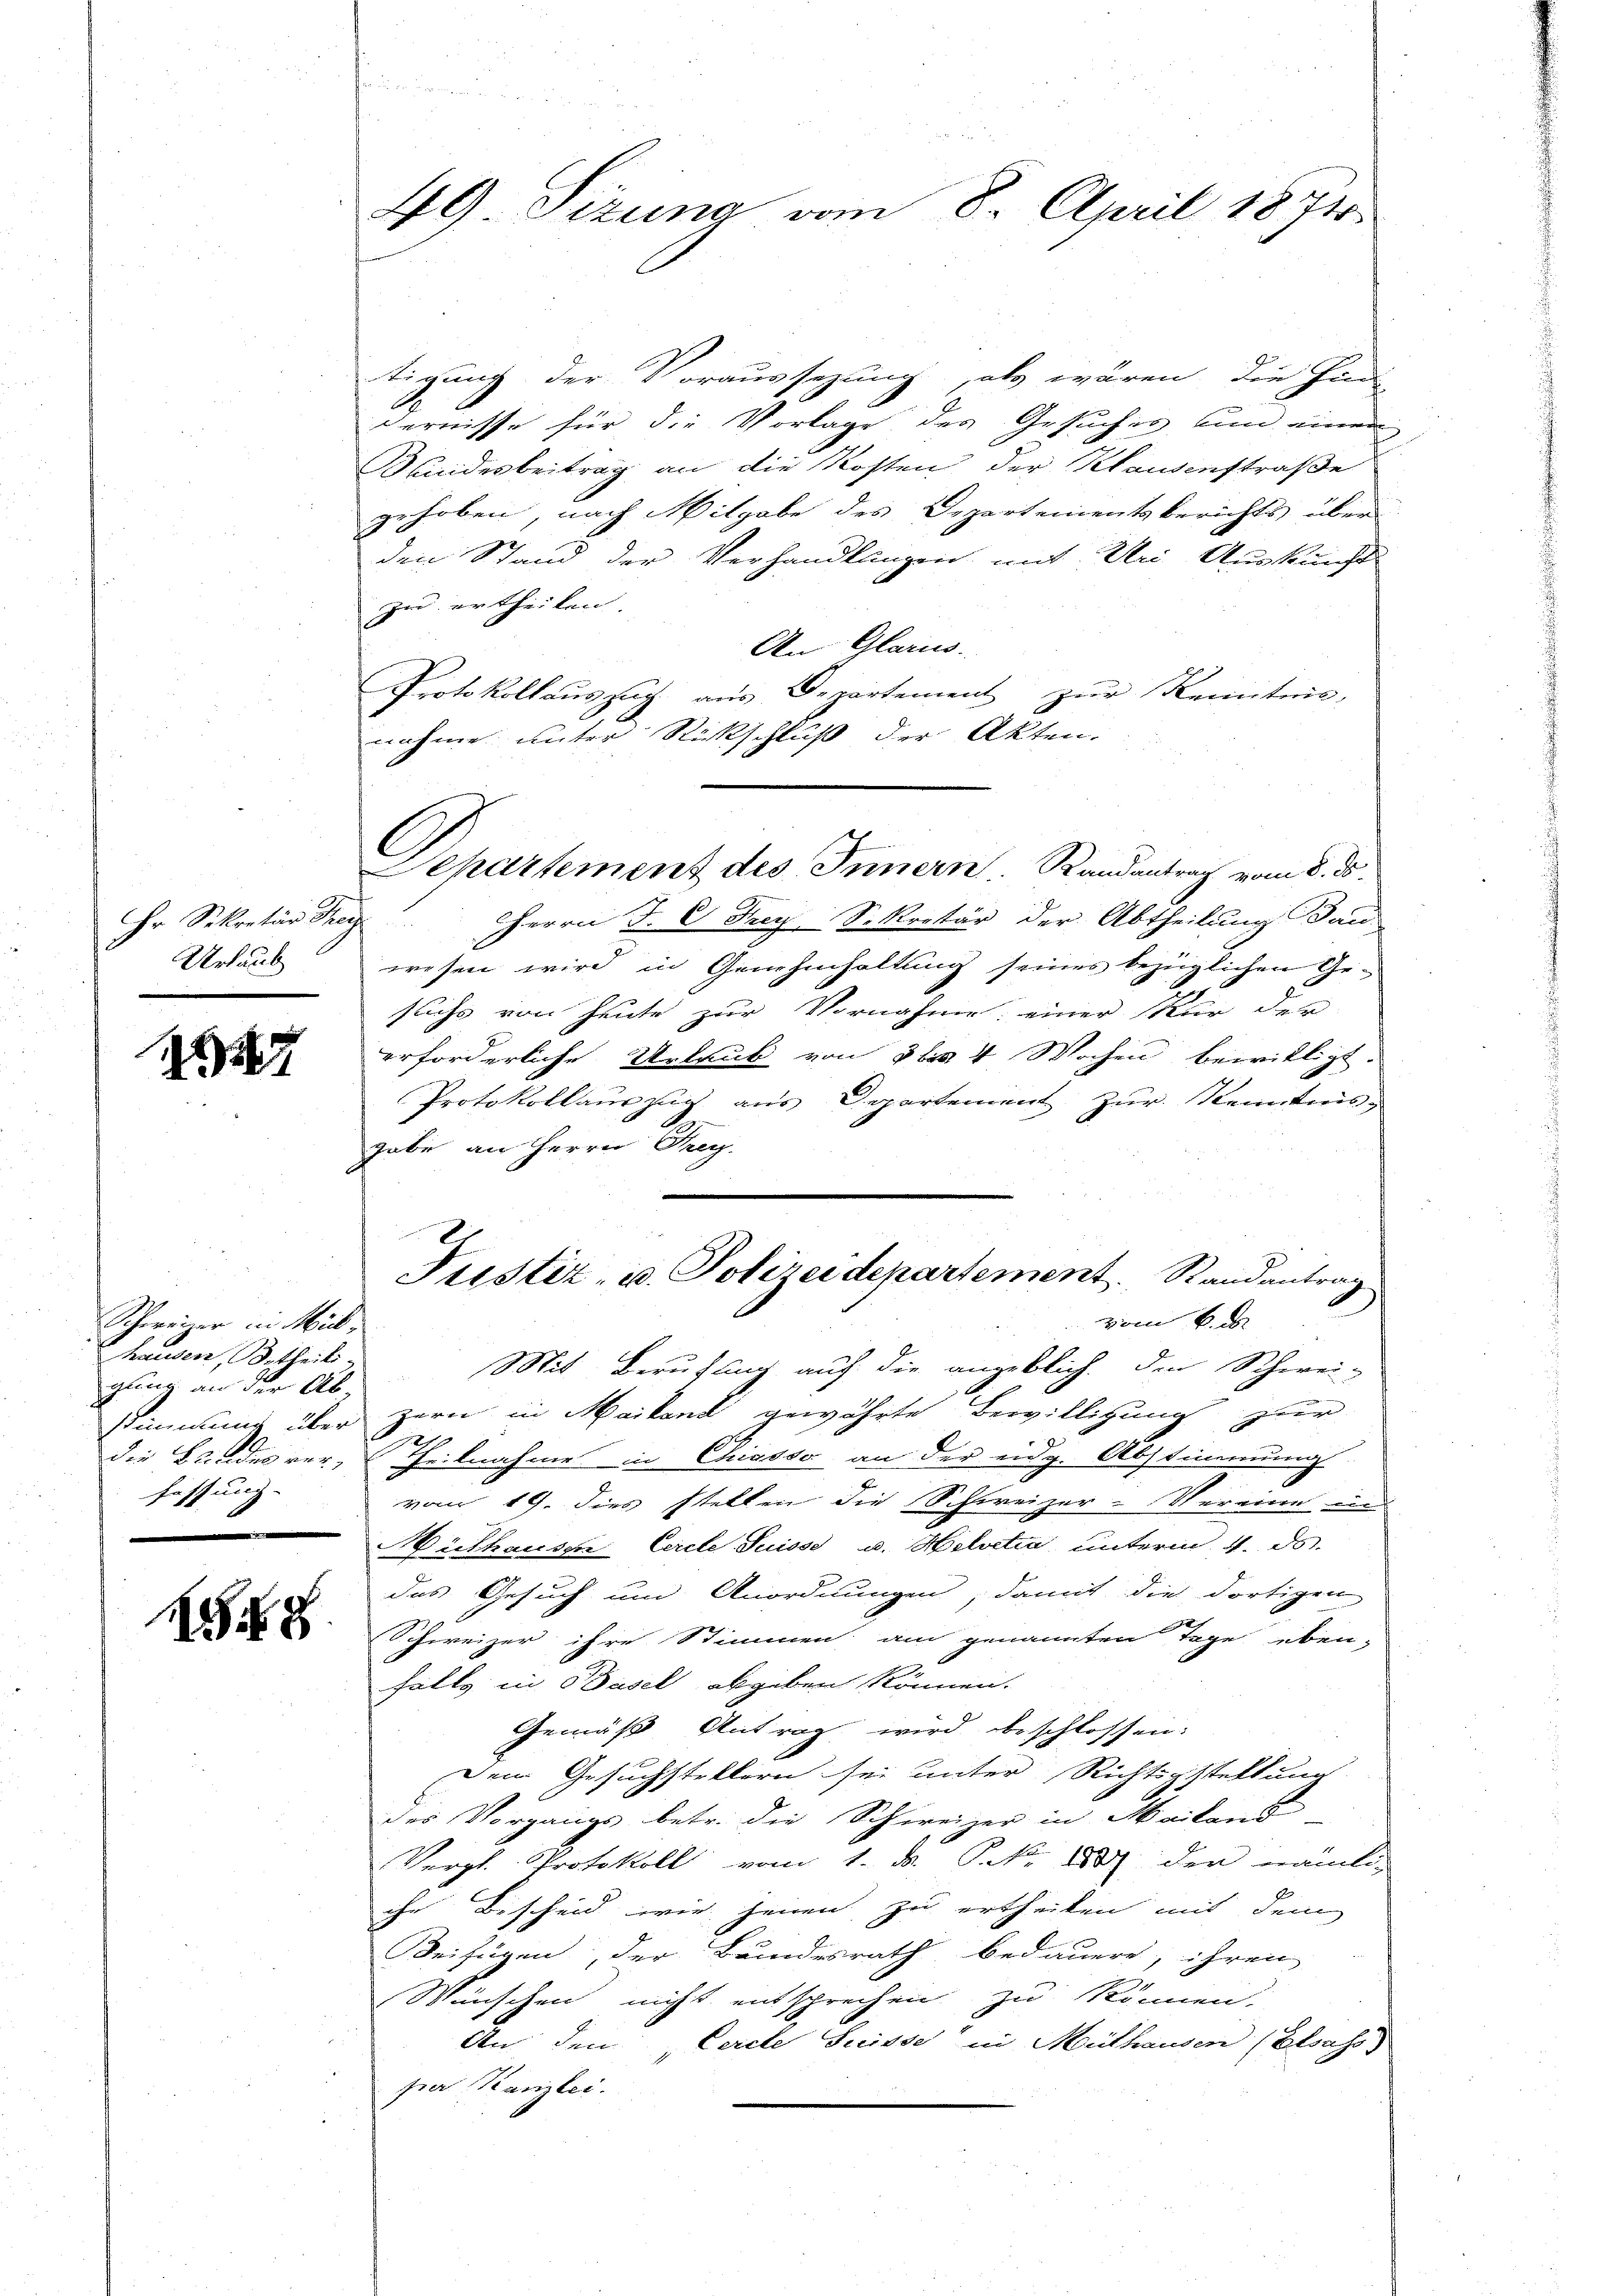
1

88

Urlaub

Schweizer in Mülhausen, Betheils.
gling an der Ab
fassung.
.

zu ertheilen. |

49. Sizung vom 8. April 1871

tigung der Voraussezung, als wären, die Hun
dernisse für die Vorlage des Gesuches und einen
Kindesbeitrag an die Kosten der Klausenstraße
gehoben nach Mitgabe des Departementsberichts über
den Stand der Verhandlungen mit Uri Auskunft
An Glarus.
Protokollaŭszŭg aŭs Departement zŭr Kenntnis,
nahme unter Rückschluß der Akten.
Hr Sekretär der Herrn J. C. Frey Sekretär der Abtheilung an
wesen wird in Genehmhaltung seines bezüglichen Gesuchs von heute zur Vornahme: einer Kur der
erforderliche Urlaub von 3 bis 4 Wochen bewilligt.
Protokollauszug aus Departement zur Kenntnis,
gabe an Herrn Frey.
Justiz- u. Polizeidepartement. Randantrag
vom 6. d.
Mit Berufung auf die angeblich den Schwei-
stimmung über zern in Mailand gewährte Bewilligung zur
1
die Bunderer, Theilnahme in Chiasso an der eidg. Abstimmung
vom 19. dies stellen die Schweizer-Vereine un
Mithausen Cerele Suisse u. Helvetia unterm 4. ds.
das Gesuch um Anordnungen, damit die dortigen
Schweizer ihre Stimmen am genannten Tage eben-
falls in Basel abgeben können.
Gemäß Antrag wird beschlossen:
Dem Gesuchstellern sei unter Richtsgestellung
des Vorgangs betr. die Schweizer in Mailand
Vergl. Protokoll vom 1. d. P. Nr. 1837 den nämli
ihr Bescheid wie jenen zu ertheilen mit dem
Beifügen, der Bundesrath bedauern, ihren
Wünschen nicht entsprechen zu können.
An den Cercle Suisse in Mülhausen (Elsass,
par Kanzlei.

Dehartement des Innern. Randantrag vom 8. d.